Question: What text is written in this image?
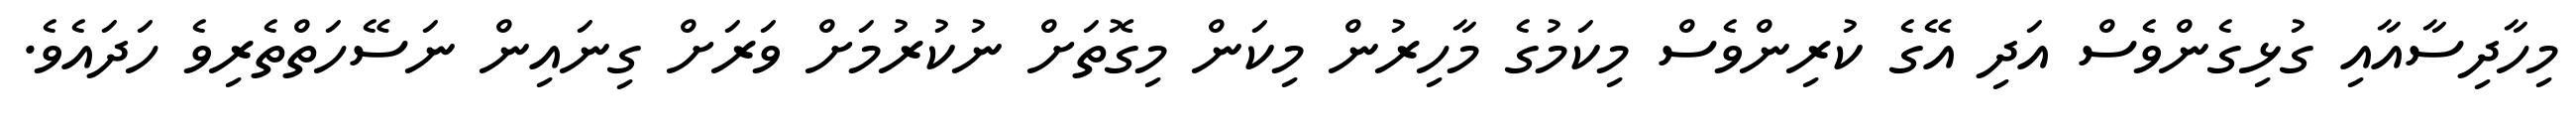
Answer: މިހާދިސާއާއި ގުޅިގެންވެސް އަދި އޭގެ ކުރިންވެސް މިކަމުގެ މާހިރުން މިކަން މިގޮތަށް ނުކުރުމަށް ވަރަށް ގިނައިން ނަސޭހަތްތެރިވެ ހަދައެވެ.